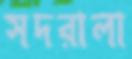
সদরালা